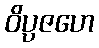
ဝိပ္ပဇဟေ